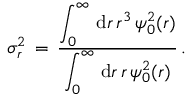
\begin{array} { l } { \displaystyle \sigma _ { r } ^ { 2 } \, = \, \frac { \displaystyle \int _ { 0 } ^ { \infty } \, \mathrm { d } r \, r ^ { 3 } \, \psi _ { 0 } ^ { 2 } ( \boldsymbol { r } ) } { \displaystyle \int _ { 0 } ^ { \infty } \, \mathrm { d } r \, r \, \psi _ { 0 } ^ { 2 } ( \boldsymbol { r } ) } \, . } \end{array}